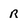
Character: R